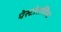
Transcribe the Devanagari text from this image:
पेस्टोरालिस्ट